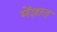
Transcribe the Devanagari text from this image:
मेंज्ञात